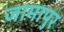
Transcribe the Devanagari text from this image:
जामापुर